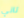
تاني